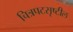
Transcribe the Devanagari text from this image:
चित्रपटसृष्टील